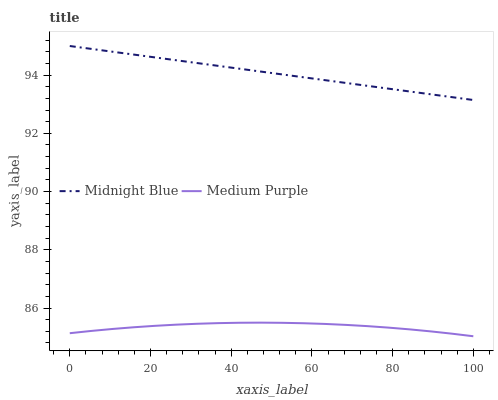
| xaxis_label | Midnight Blue | Medium Purple |
 | --- | --- | --- |
 | 0 | 95 | 85.1 |
 | 5.26 | 94.9 | 85.2 |
 | 10.5 | 94.8 | 85.3 |
 | 15.8 | 94.7 | 85.3 |
 | 21.1 | 94.6 | 85.4 |
 | 26.3 | 94.5 | 85.4 |
 | 31.6 | 94.4 | 85.5 |
 | 36.8 | 94.3 | 85.5 |
 | 42.1 | 94.2 | 85.5 |
 | 47.4 | 94.1 | 85.5 |
 | 52.6 | 94 | 85.5 |
 | 57.9 | 93.9 | 85.5 |
 | 63.2 | 93.8 | 85.5 |
 | 68.4 | 93.7 | 85.4 |
 | 73.7 | 93.6 | 85.4 |
 | 78.9 | 93.5 | 85.3 |
 | 84.2 | 93.4 | 85.3 |
 | 89.5 | 93.3 | 85.2 |
 | 94.7 | 93.2 | 85.1 |
 | 100 | 93.1 | 85 |